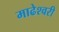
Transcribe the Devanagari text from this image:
माढेश्वरी